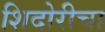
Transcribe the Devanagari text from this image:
शिदोरीचा